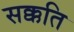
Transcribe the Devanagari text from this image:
सक्कति